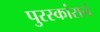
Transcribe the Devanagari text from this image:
पुरस्कांराचं